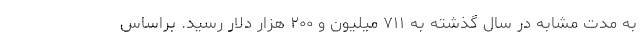
به مدت مشابه در سال گذشته به ۷۱۱ میلیون و ۲۰۰ هزار دلار رسید. براساس